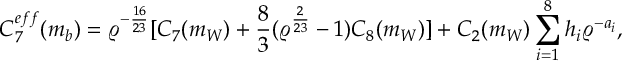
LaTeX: C _ { 7 } ^ { e f f } ( m _ { b } ) = \varrho ^ { - \frac { 1 6 } { 2 3 } } [ C _ { 7 } ( m _ { W } ) + \frac { 8 } { 3 } ( \varrho ^ { \frac { 2 } { 2 3 } } - 1 ) C _ { 8 } ( m _ { W } ) ] + C _ { 2 } ( m _ { W } ) \sum _ { i = 1 } ^ { 8 } h _ { i } \varrho ^ { - a _ { i } } ,